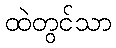
ထဲတွင်သာ